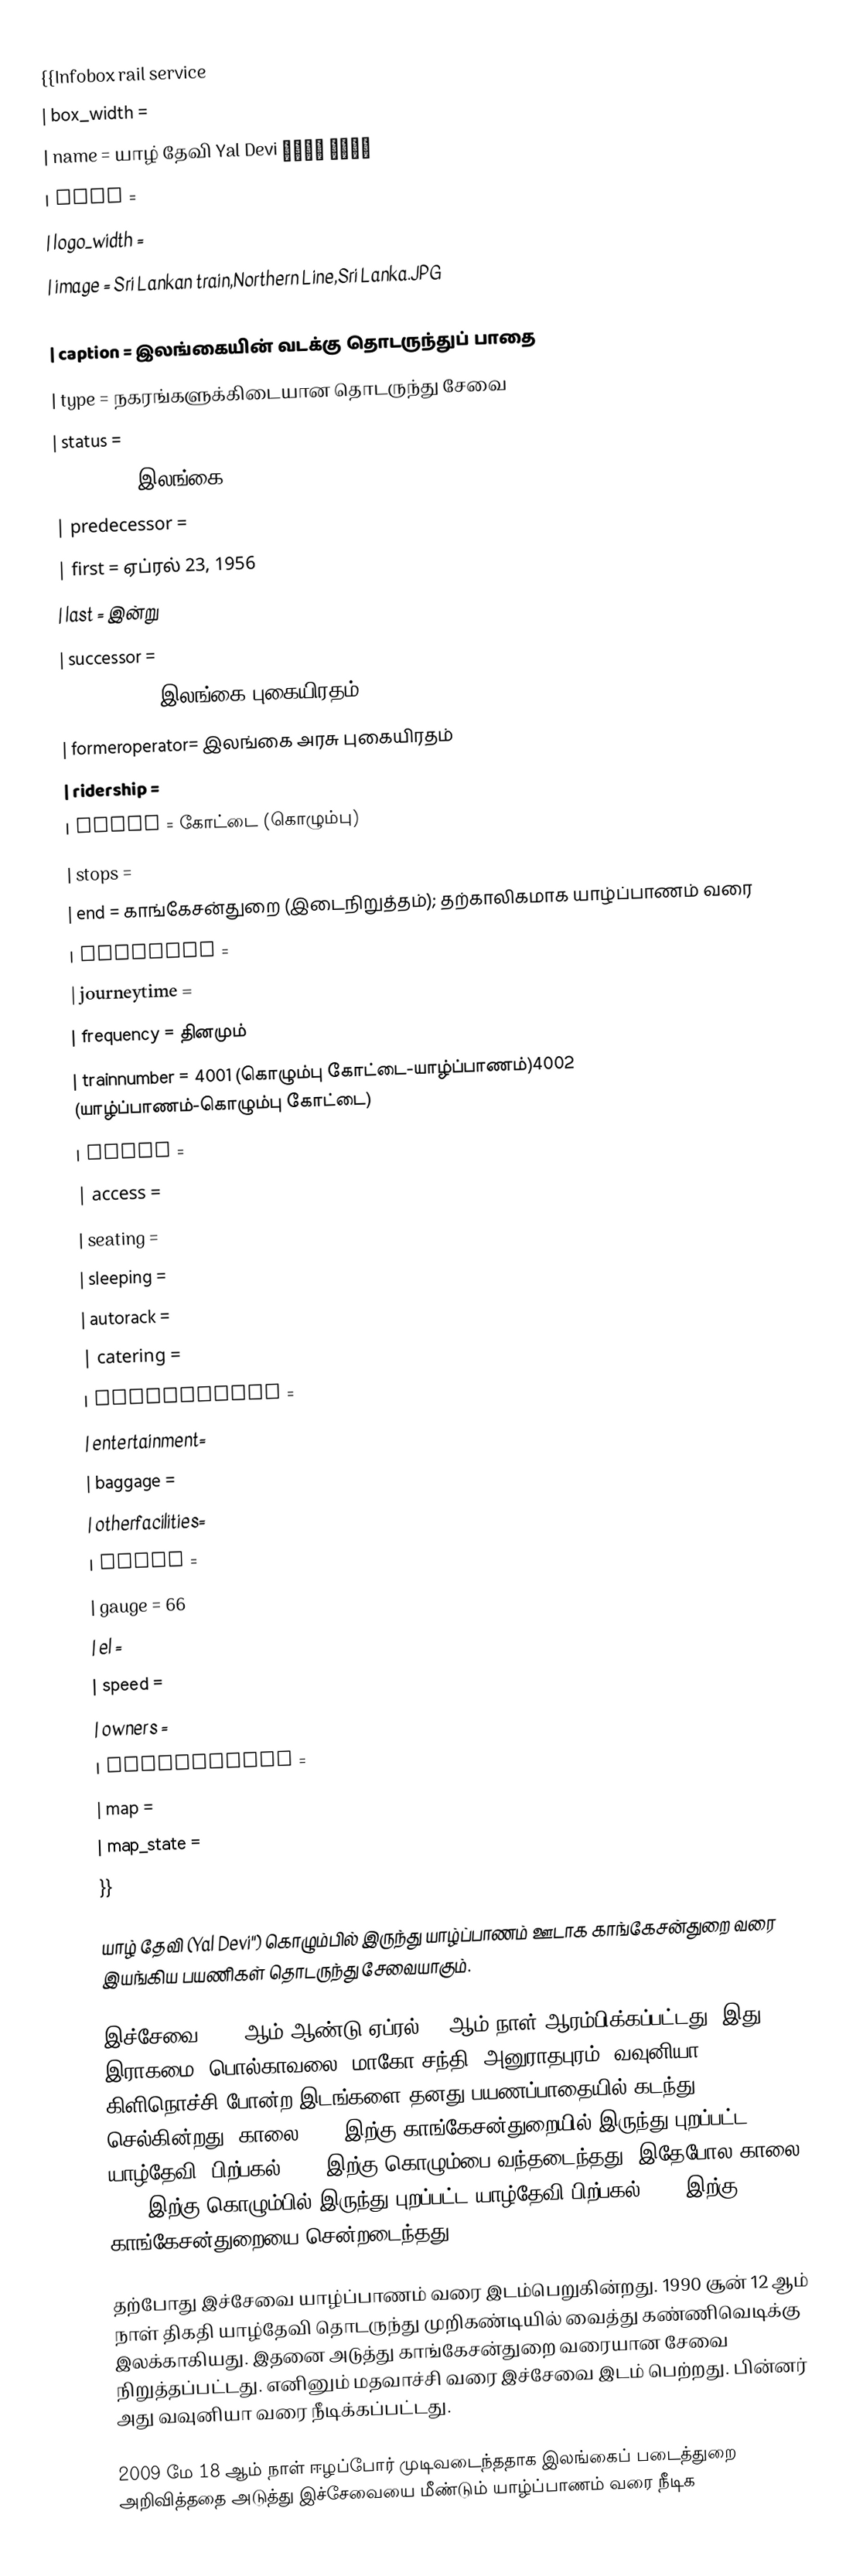
{{Infobox rail service
| box_width   =
| name        = யாழ் தேவி Yal Devi යාල් දේවී
| logo        =
| logo_width  =
| image       = Sri Lankan train,Northern Line,Sri Lanka.JPG
| image_width = 310px
| caption     = இலங்கையின் வடக்கு தொடருந்துப் பாதை
| type        = நகரங்களுக்கிடையான தொடருந்து சேவை
| status      =
| locale      = இலங்கை
| predecessor =
| first       = ஏப்ரல் 23, 1956
| last        = இன்று
| successor   =
| operator    = இலங்கை புகையிரதம்
| formeroperator= இலங்கை அரசு புகையிரதம்
| ridership   =
| start       = கோட்டை (கொழும்பு)
| stops       =
| end         = காங்கேசன்துறை (இடைநிறுத்தம்); தற்காலிகமாக யாழ்ப்பாணம் வரை
| distance    =
| journeytime =
| frequency   = தினமும்
| trainnumber = 4001 (கொழும்பு கோட்டை-யாழ்ப்பாணம்)4002 (யாழ்ப்பாணம்-கொழும்பு கோட்டை)
| class       =
| access      =
| seating     =
| sleeping    =
| autorack    =
| catering    =
| observation =
| entertainment=
| baggage     =
| otherfacilities=
| stock       =
| gauge       = 66
| el          =
| speed       =
| owners      =
| routenumber =
| map         =
| map_state   =
}}

யாழ் தேவி (Yal Devi'') கொழும்பில் இருந்து யாழ்ப்பாணம் ஊடாக காங்கேசன்துறை வரை இயங்கிய பயணிகள் தொடருந்து சேவையாகும்.

இச்சேவை 1956 ஆம் ஆண்டு ஏப்ரல் 23 ஆம் நாள் ஆரம்பிக்கப்பட்டது. இது இராகமை, பொல்காவலை, மாகோ சந்தி, அனுராதபுரம், வவுனியா, கிளிநொச்சி போன்ற இடங்களை தனது பயணப்பாதையில் கடந்து செல்கின்றது. காலை 5.45 இற்கு காங்கேசன்துறையில் இருந்து புறப்பட்ட யாழ்தேவி, பிற்பகல் 1.15 இற்கு கொழும்பை வந்தடைந்தது. இதேபோல காலை 5.45 இற்கு கொழும்பில் இருந்து புறப்பட்ட யாழ்தேவி பிற்பகல் 1.15 இற்கு காங்கேசன்துறையை சென்றடைந்தது.

தற்போது இச்சேவை யாழ்ப்பாணம் வரை இடம்பெறுகின்றது. 1990 சூன் 12 ஆம் நாள் திகதி யாழ்தேவி தொடருந்து முறிகண்டியில் வைத்து கண்ணிவெடிக்கு இலக்காகியது. இதனை அடுத்து காங்கேசன்துறை வரையான சேவை நிறுத்தப்பட்டது. எனினும் மதவாச்சி வரை இச்சேவை இடம் பெற்றது. பின்னர் அது வவுனியா வரை நீடிக்கப்பட்டது.

2009 மே 18 ஆம் நாள் ஈழப்போர் முடிவடைந்ததாக இலங்கைப் படைத்துறை அறிவித்ததை அடுத்து இச்சேவையை மீண்டும் யாழ்ப்பாணம் வரை நீடிக